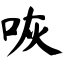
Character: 咴